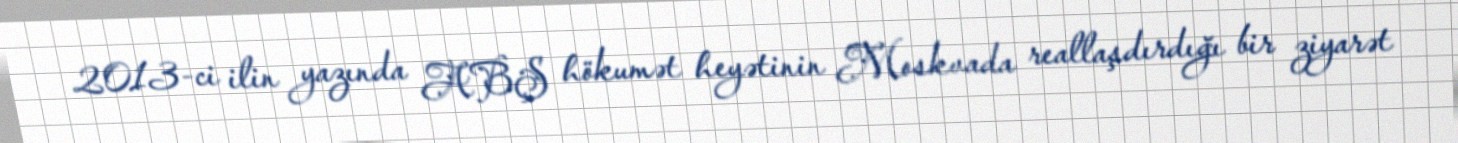
2013-ci ilin yazında ABŞ hökumət heyətinin Moskvada reallaşdırdığı bir ziyarət